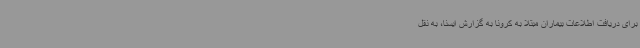
برای دریافت اطلاعات بیماران مبتلا به کرونا به گزارش ایسنا، به نقل